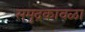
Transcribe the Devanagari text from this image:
समुद्रकावळा